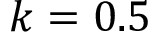
k = 0 . 5